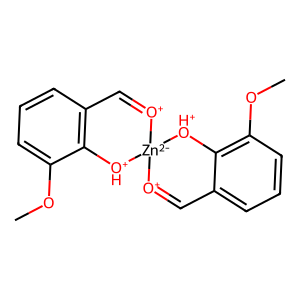
SMILES: COc1cccc2c1[OH+][Zn-2]1([O+]=C2)[O+]=Cc2cccc(OC)c2[OH+]1
Inhibits HIV replication: No